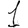
Digit: 1